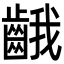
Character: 𪘐